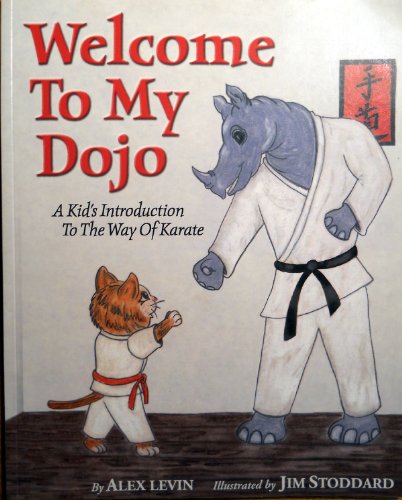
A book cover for Welcome To My Dojo: A Kid's Introduction to the Way of Karate; Alex Levin; Children's Books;